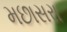
મછાસરા